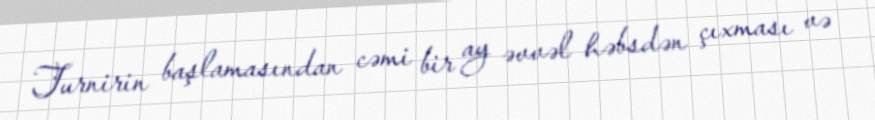
Turnirin başlamasından cəmi bir ay əvvəl həbsdən çıxması və